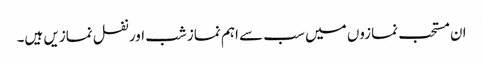
ان مستحب نمازوں میں سب سے اہم نماز شب اور نفل نمازیں ہیں۔